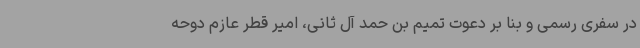
در سفری رسمی و بنا بر دعوت تمیم بن حمد آل ثانی، امیر قطر عازم دوحه